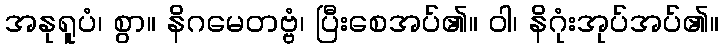
အနုရူပံ၊ စွာ။ နိဂမေတဗ္ဗံ၊ ပြီးစေအပ်၏။ ဝါ၊ နိဂုံးအုပ်အပ်၏။